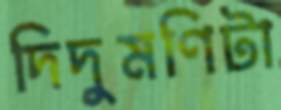
দিদুমণিটা